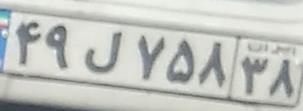
۴۹ل۷۵۸۳۸